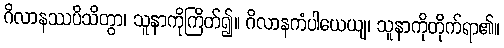
ဂိလာနဿပိသိတွာ၊ သူနာကိုကြိတ်၍။ ဂိလာနကံပါယေယျ၊ သူနာကိုတိုက်ရာ၏။